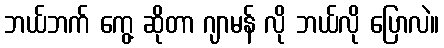
ဘယ်ဘက် ကွေ့ ဆိုတာ ဂျာမန် လို ဘယ်လို ပြောလဲ။